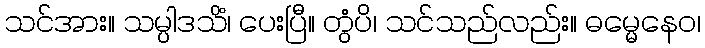
သင်အား။ သမ္ပါဒသိံ၊ ပေးပြီ။ တွံပိ၊ သင်သည်လည်း။ ဓမ္မေနေဝ၊